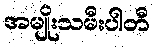
အမျိုးသမီးပါတီ